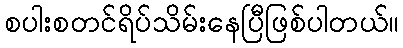
စပါးစတင်ရိပ်သိမ်းနေပြီဖြစ်ပါတယ်။